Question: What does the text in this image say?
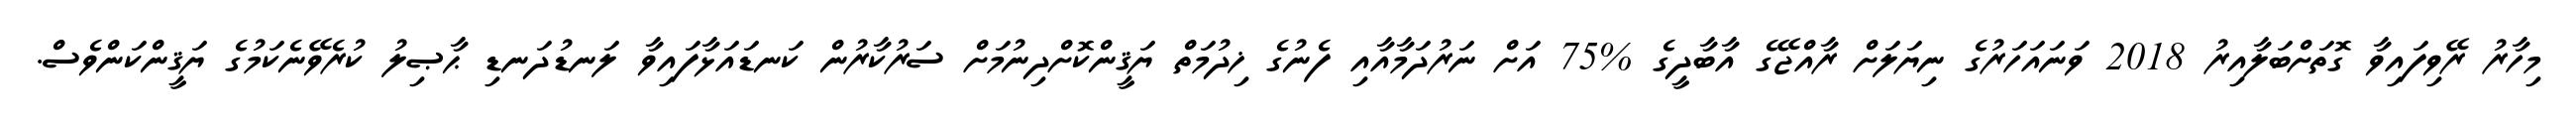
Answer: މިހާރު ރޭވިފައިވާ ގޮތަށްބަލާއިރު 2018 ވަނައަހަރުގެ ނިޔަލަށް ރާއްޖޭގެ އާބާދީގެ %75 އަށް ނަރުދަމާއާއި ފެނުގެ ޚިދުމަތް ޔަޤީންކޮށްދިނުމަށް ސަރުކާރުން ކަނޑައަޅާފައިވާ ލަނޑުދަނޑި ޙާޞިލު ކުރެވޭނެކަމުގެ ޔަޤީންކަންވެސް.